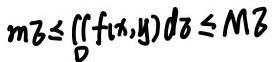
$$m\sigma\leqslant\iint\limits_{D} f(x,y)d\sigma\leqslant M\sigma$$